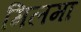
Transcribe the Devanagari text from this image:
मिलमा